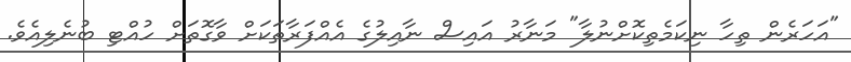
"އަހަރެން ތިހާ ނިކަމެތިކޮށްނުލާ" މަނާރު އައިސް ނާއިލުގެ އެއްފަރާތަކަށް ވާގޮތަށް ހުއްޓި ބުނެލިއެވެ.